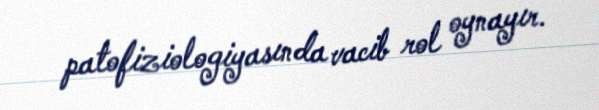
patofiziologiyasında vacib rol oynayır.